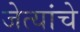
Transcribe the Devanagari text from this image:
जेत्यांचे